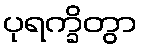
ပုရက္ခိတွာ